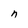
Character: n